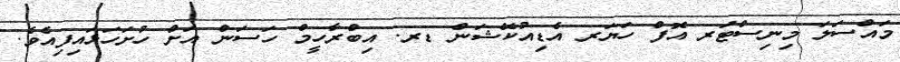
މައްސަލަ މިނިސްޓަރ އޮފް ހަޔަރ އެޑިއުކޭޝަން ޑރ. އިބްރާހީމް ހަސަން އަށް ހުށަހަޅައިފިއެވެ.